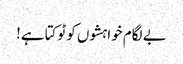
بے لگام خواہشوں کو ٹوکتا ہے!